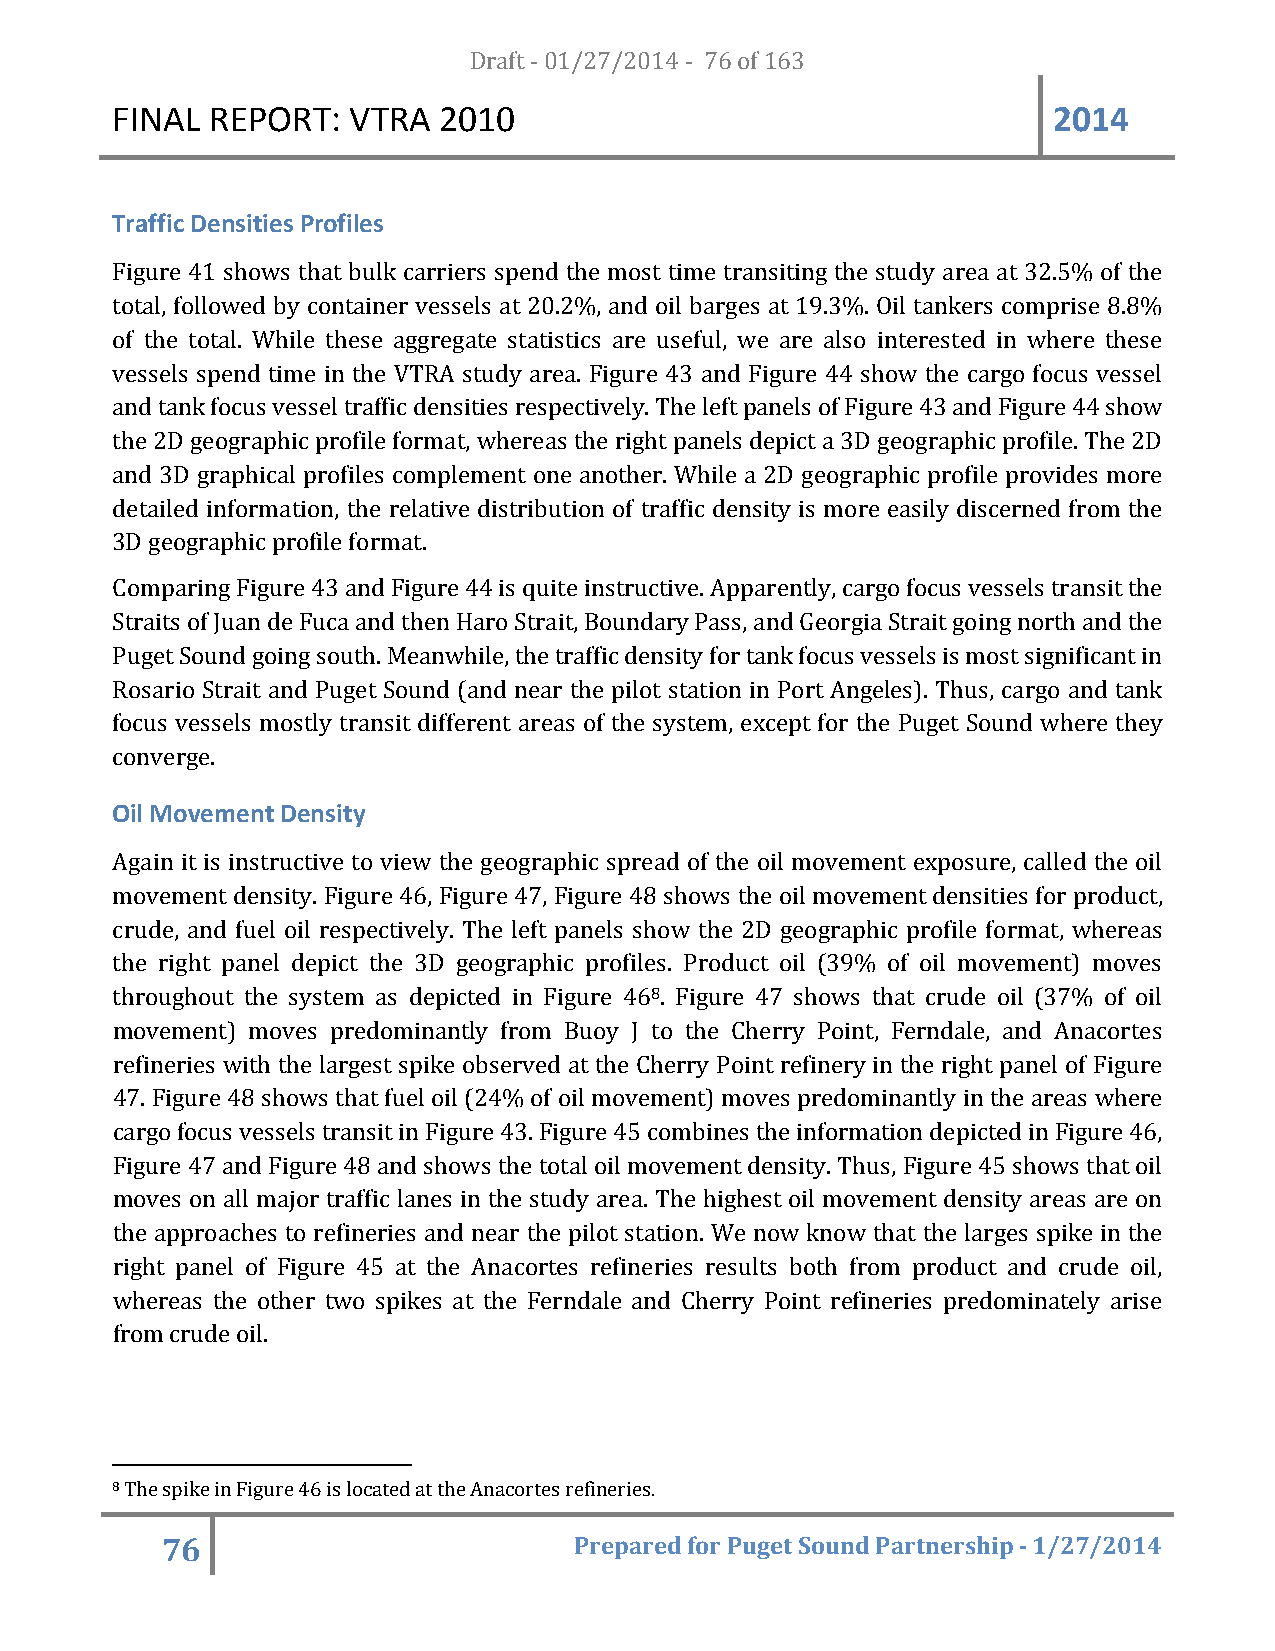
FINAL  REPORT:  VTRA  20D1r0af t - 01/27/2014 - 76 of 163      2014
 Traffic Densities Profiles
 Figure 41 shows that bulk carriers spend the most time transiting the study area at 32.5% of the
 total, followed by container vessels at 20.2%, and oil barges at 19.3%. Oil tankers comprise 8.8%
 of the total. While these aggregate statistics are useful, we are also interested in where these
 vessels spend time in the VTRA study area. Figure 43 and Figure 44 show the cargo focus vessel
 and tank focus vessel traffic densities respectively. The left panels of Figure 43 and Figure 44 show
 the 2D geographic profile format, whereas the right panels depict a 3D geographic profile. The 2D
 and 3D graphical profiles complement one another. While a 2D geographic profile provides more
 detailed information, the relative distribution of traffic density is more easily discerned from the
 3D geographic profile format.
 Comparing Figure 43 and Figure 44 is quite instructive. Apparently, cargo focus vessels transit the
 Straits of Juan de Fuca and then Haro Strait, Boundary Pass, and Georgia Strait going north and the
 Puget Sound going south. Meanwhile, the traffic density for tank focus vessels is most significant in
 Rosario Strait and Puget Sound (and near the pilot station in Port Angeles). Thus, cargo and tank
 focus vessels mostly transit different areas of the system, except for the Puget Sound where they
 converge.
 Oil Movement Density
 Again it is instructive to view the geographic spread of the oil movement exposure, called the oil
 movement density. Figure 46, Figure 47, Figure 48 shows the oil movement densities for product,
 crude, and fuel oil respectively. The left panels show the 2D geographic profile format, whereas
 the right panel depict the 3D geographic profiles. Product oil (39% of oil movement) moves
 throughout the system as depicted in Figure 468. Figure 47 shows that crude oil (37% of oil
 movement) moves predominantly from Buoy J to the Cherry Point, Ferndale, and Anacortes
 refineries with the largest spike observed at the Cherry Point refinery in the right panel of Figure
 47. Figure 48 shows that fuel oil (24% of oil movement) moves predominantly in the areas where
 cargo focus vessels transit in Figure 43. Figure 45 combines the information depicted in Figure 46,
 Figure 47 and Figure 48 and shows the total oil movement density. Thus, Figure 45 shows that oil
 moves on all major traffic lanes in the study area. The highest oil movement density areas are on
 the approaches to refineries and near the pilot station. We now know that the larges spike in the
 right panel of Figure 45 at the Anacortes refineries results both from product and crude oil,
 whereas the other two spikes at the Ferndale and Cherry Point refineries predominately arise
 from crude oil.
 8 The spike in Figure 46 is located at the Anacortes refineries.
 76                         Prepared for Puget Sound Partnership - 1/27/2014